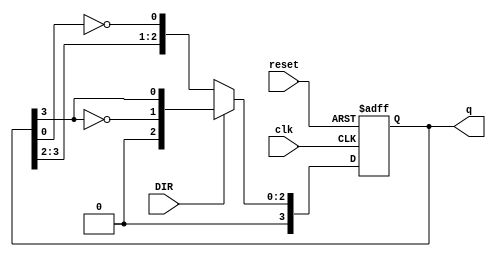
module bidirectional_johnson_counter #(
    parameter N = 4 // Number of flip-flops
)(
    input wire clk,        // Clock signal
    input wire reset,      // Reset signal
    input wire DIR,        // Direction control (1 for up/right, 0 for down/left)
    output reg [N-1:0] q   // Output state of the counter
);

    always @(posedge clk or posedge reset) begin
        if (reset) begin
            q <= 0; // Reset the counter to 0
        end else begin
            if (DIR) begin
                // Counting Up (Right Shift)
                q <= {~q[N-1], q[N-1:N-1]}; // Shift right and invert last bit
            end else begin
                // Counting Down (Left Shift)
                q <= {q[N-1:N-2], ~q[0]}; // Shift left and invert first bit
            end
        end
    end

endmodule